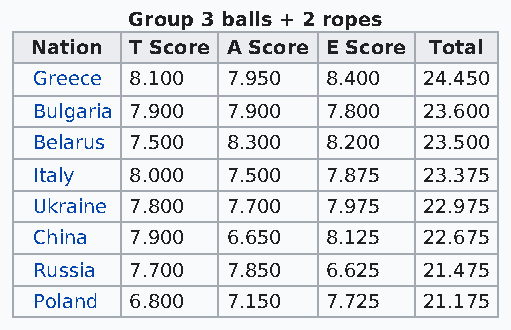
Group 3 balls + 2 ropes
 Nation T Score A Score E Score Total
 Greece 8.100 7.950  8.400 24.450
 Bulgaria 7.900 7.900 7.800 23.600
 Belarus 7.500 8.300 8.200 23.500
 Italy  8.000 7.500  7.875 23.375
 Ukraine 7.800 7.700 7.975 22.975
 China  7.900 6.650  8.125 22.675
 Russia 7.700 7.850  6.625 21.475
 Poland 6.800 7.150  7.725 21.175